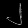
Digit: ၂